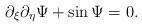
LaTeX: \begin{align*}\partial_\xi\partial_\eta\Psi+\sin\Psi=0.\end{align*}